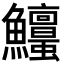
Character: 𩽱